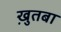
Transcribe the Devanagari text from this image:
खु़तबा